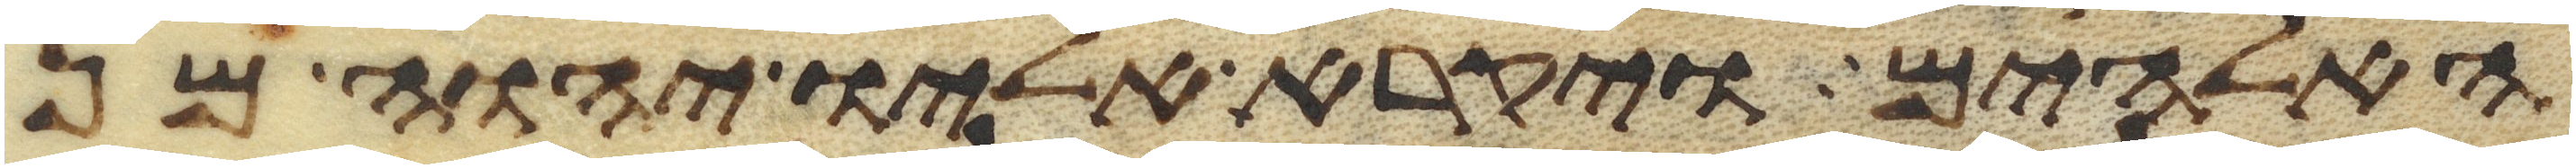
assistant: האלהים ויקרא אליו יהוה מן